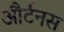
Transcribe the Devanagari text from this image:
और्टनस